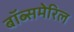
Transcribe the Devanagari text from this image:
बॉब्समेरिल